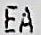
EA